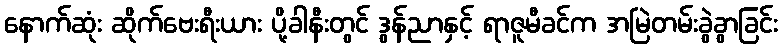
နောက်ဆုံး ဆိုက်ဗေးရီးယား ပို့ခါနီးတွင် ဒွန်ညာနှင့် ရာဇူမီခင်က အမြဲတမ်းခွဲခွာခြင်း